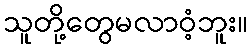
သူတို့တွေမလာဝံ့ဘူး။